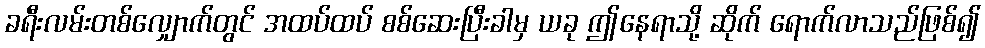
ခရီးလမ်းတစ်လျှောက်တွင် အထပ်ထပ် စစ်ဆေးပြီးခါမှ ယခု ဤနေရာသို့ ဆိုက် ရောက်လာသည်ဖြစ်၍